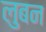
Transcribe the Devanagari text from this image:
लुबन